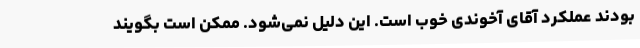
بودند عملکرد آقای آخوندی خوب است. این دلیل نمی‌شود. ممکن است بگویند